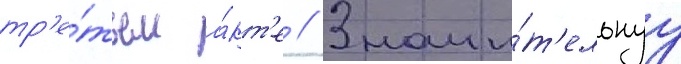
тр'е́тьем а́кт'е // Значи́т'ельнуу